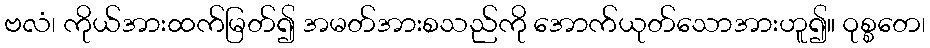
ဗလံ၊ ကိုယ်အားထက်မြတ်၍ အမတ်အားစသည်ကို အောက်ယုတ်သောအားဟူ၍။ ဝုစ္စတေ၊